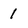
Character: 1